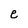
Character: e